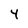
Character: Y